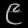
Digit: ၉